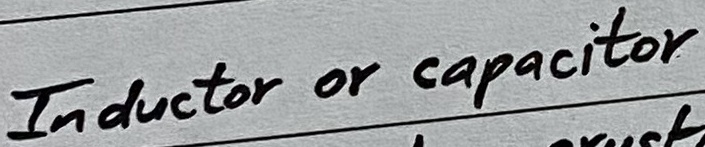
Text: Inductor or capacitor